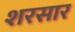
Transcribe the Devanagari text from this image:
शरसार